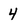
Character: 4